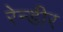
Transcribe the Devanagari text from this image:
रेन्डीर